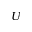
U